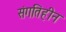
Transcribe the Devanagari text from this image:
संगतिहीन